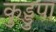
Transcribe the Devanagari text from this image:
कुड्डुपा